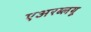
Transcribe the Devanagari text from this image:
एअरब्लयू